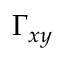
\Gamma _ { x y }